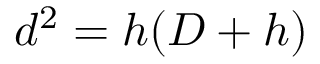
d ^ { 2 } = h ( D + h ) \,